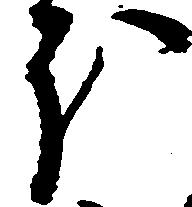
ほ